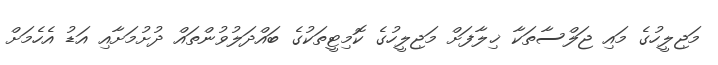
މަޖިލީހުގެ މައި ޖަލްސާތަކާ ޚިލާފަށް މަޖިލީހުގެ ކޮމިޓީތަކުގެ ބައްދަލުވުންތައް ދުށުމަށާއި އަޑު އެހެމަށް